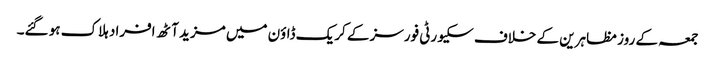
جمعہ کے روز مظاہرین کے خلاف سکیورٹی فورسز کے کریک ڈاؤن میں مزید آٹھ افراد ہلاک ہو گئے۔